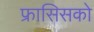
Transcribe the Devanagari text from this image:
फ्रासिसको